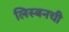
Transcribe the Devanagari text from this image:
लिस्बनची